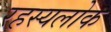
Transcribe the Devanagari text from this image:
रहस्यलोक